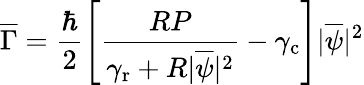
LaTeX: \overline{{\Gamma}}=\frac{\hbar}{2}\left[\frac{RP}{\gamma_{\mathrm{r}}+R|\overline{{\psi}}|^{2}}-\gamma_{\mathrm{c}}\right]|\overline{{\psi}}|^{2}